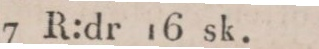
7 R:dr 16 sk.